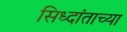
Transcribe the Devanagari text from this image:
सिध्दांताच्या